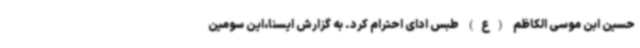
حسین ابن موسی الکاظم (ع) طبس ادای احترام کرد. به گزارش ایسنا،این سومین